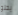
يحلو